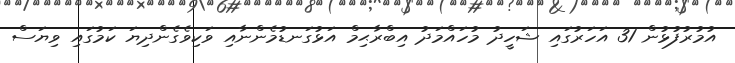
އުމުރުފުޅުން 31 އަހަރުގައި ޝަހީދު މުހައްމަދު އިބްރާޙިމް އަޅުގަނޑުމެންނާއި ވަކިވެގެންދިޔަ ކަމުގައި ވިޔަސް